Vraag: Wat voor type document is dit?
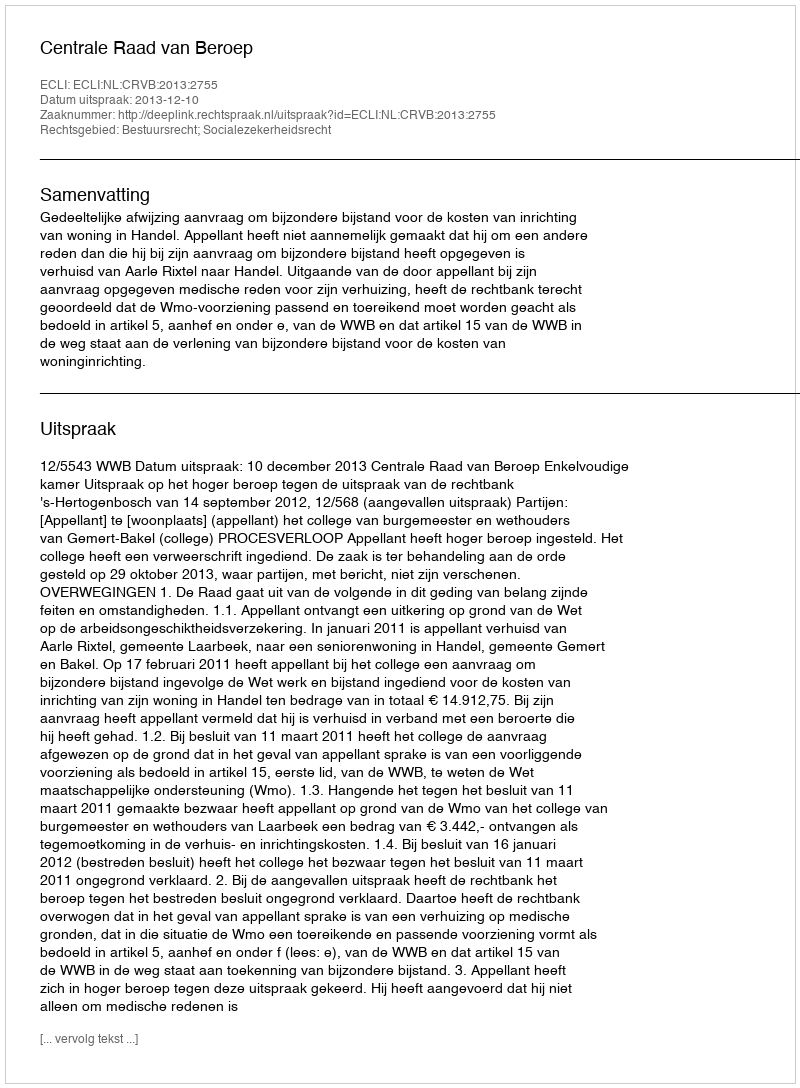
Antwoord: Uitspraak